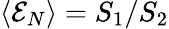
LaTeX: \langle{\cal E}_{N}\rangle=S_{1}/S_{2}